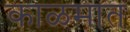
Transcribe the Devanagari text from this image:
काळमात